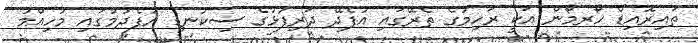
ތައިރޮއިޑް ހޯރމޯން އަކީ ރަހިމުގެ ތެރޭގައި އުފެދޭ ދަރިފުޅުގެ ސިކުނޑި އުފެދުމުގައި މުހިއްމު